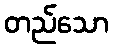
တည်သော